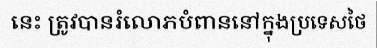
នេះ ត្រូវបានរំលោភបំពាននៅក្នុងប្រទេសថៃ